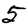
Digit: 5